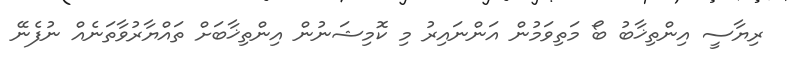
ރިޔާސީ އިންތިޚާބު ބޯ މަތިވަމުން އަންނައިރު މި ކޮމިޝަނުން އިންތިޚާބަށް ތައްޔާރުވާތަނެއް ނުފެނޭ